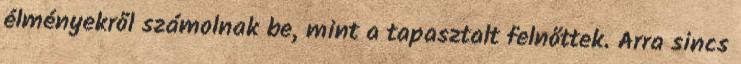
élményekről számolnak be, mint a tapasztalt felnőttek. Arra sincs